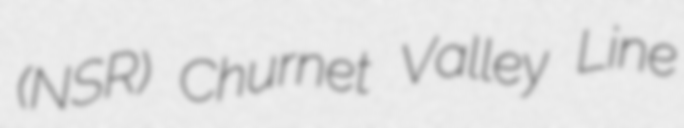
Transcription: (NSR) Churnet Valley Line